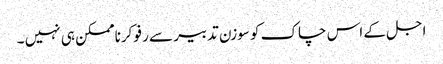
اجل کے اس چاک کو سوزن تدبیر سے رفو کرنا ممکن ہی نہیں ۔